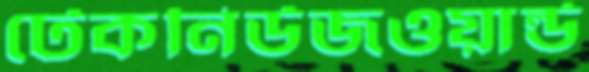
টেকনিউজওয়ার্ল্ড